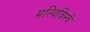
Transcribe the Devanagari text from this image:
मल्दिविस्चे